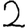
Digit: 2